Annual report of the Imperial Bacteriological Laboratory, Muktesar
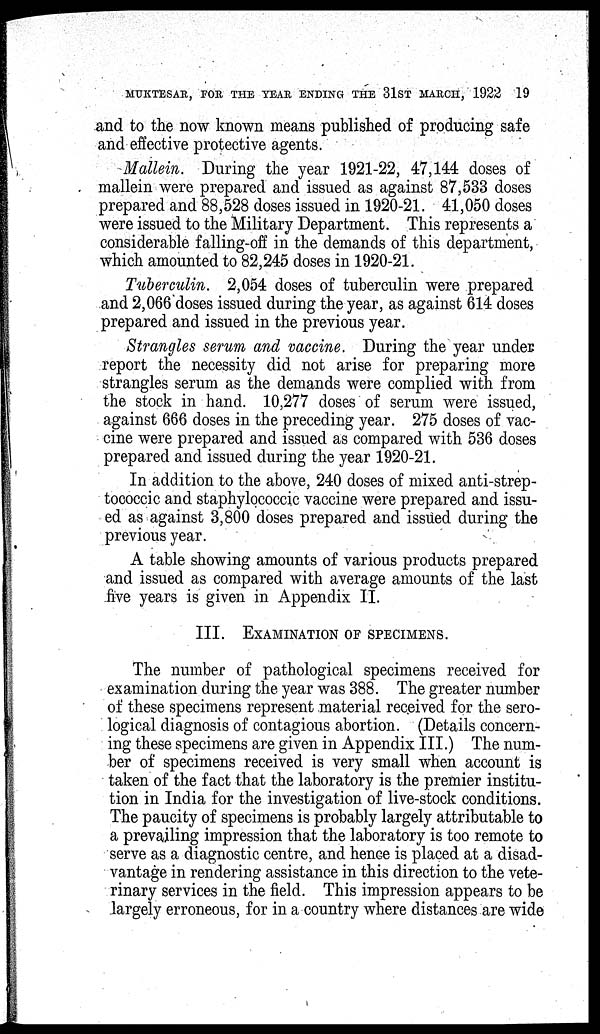
MUKTESAR, FOR THE YEAR ENDING THE 31ST MARCH, 1922 19
and to the now known means published of producing safe
and effective protective agents.
Mallein. During the year 1921-22, 47,144 doses of
mallein were prepared and issued as against 87,533 doses
prepared and 88,528 doses issued in 1920-21. 41,050 doses
were issued to the Military Department. This represents a
considerable falling-off in the demands of this department,
which amounted to 82,245 doses in 1920-21.
Tuberculin. 2,054 doses of tuberculin were prepared
and 2,066 doses issued during the year, as against 614 doses
prepared and issued in the previous year.
Strangles serum and vaccine. During the year under
report the necessity did not arise for preparing more
strangles serum as the demands were complied with from
the stock in hand. 10,277 doses of serum were issued,
against 666 doses in the preceding year. 275 doses of vac-
cine were prepared and issued as compared with 536 doses
prepared and issued during the year 1920-21.
In addition to the above, 240 doses of mixed anti-strep-
tococcic and staphylococcic vaccine were prepared and issu-
ed as against 3,800 doses prepared and issued during the
previous year.
A table showing amounts of various products prepared
and issued as compared with average amounts of the last
five years is given in Appendix II.
III. EXAMINATION OF SPECIMENS.
The number of pathological specimens received for
examination during the year was 388. The greater number
of these specimens represent material received for the sero-
logical diagnosis of contagious abortion. (Details concern-
ing these specimens are given in Appendix III.) The num-
ber of specimens received is very small when account is
taken of the fact that the laboratory is the premier institu-
tion in India for the investigation of live-stock conditions.
The paucity of specimens is probably largely attributable to
a prevailing impression that the laboratory is too remote to
serve as a diagnostic centre, and hence is placed at a disad-
vantage in rendering assistance in this direction to the vete-
rinary services in the field. This impression appears to be
largely erroneous, for in a country where distances are wide